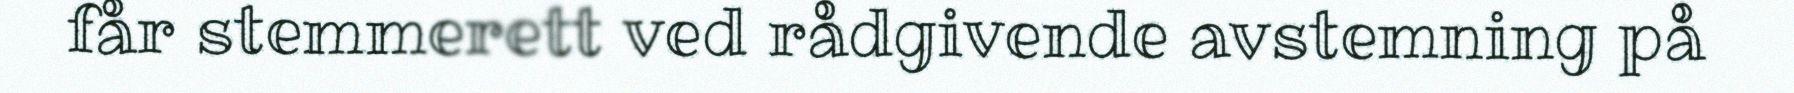
får stemmerett ved rådgivende avstemning på